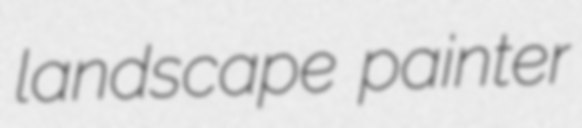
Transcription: landscape painter